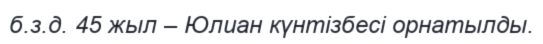
б.з.д. 45 жыл – Юлиан күнтізбесі орнатылды.